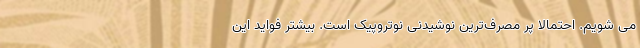
می شویم. احتمالا پر مصرف‌ترین نوشیدنی نوتروپیک است. بیشتر فواید این